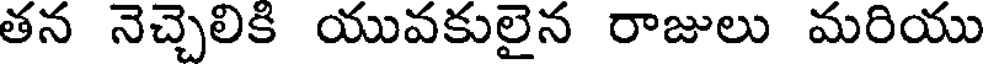
తన నెచ్చెలికి యువకులైన రాజులు మరియు